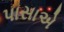
પાસાએ